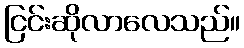
ငြင်းဆိုလာလေသည်။